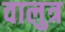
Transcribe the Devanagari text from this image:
वालुत्र